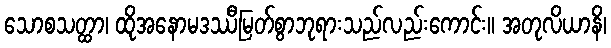
သောစသတ္ထာ၊ ထိုအနောမဒဿီမြတ်စွာဘုရားသည်လည်းကောင်း။ အတုလိယာနိ၊